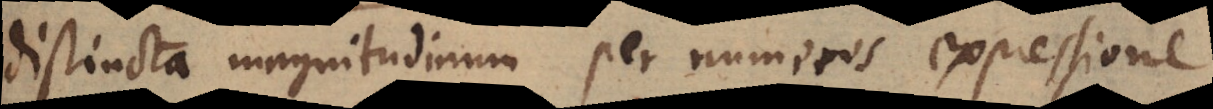
distincta magnitudinum per numeros expressione